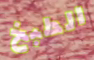
الطبخ